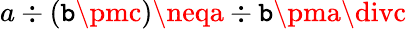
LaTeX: a\div(\mathtt{b}\pmc)\neqa\div\mathtt{b}\pma\divc